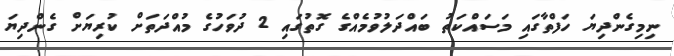
ނިމިގެންދިޔަ ހަފްތާގައި މަސައްކަތު ބައްދަލުވުމެއްގެ ގޮތުގައި 2 ދުވަހުގެ މުއްދަތަށް ކުރިޔަށް ގެންދިޔަ